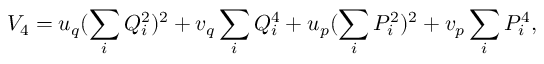
V _ { 4 } = u _ { q } ( \sum _ { i } Q _ { i } ^ { 2 } ) ^ { 2 } + v _ { q } \sum _ { i } Q _ { i } ^ { 4 } + u _ { p } ( \sum _ { i } P _ { i } ^ { 2 } ) ^ { 2 } + v _ { p } \sum _ { i } P _ { i } ^ { 4 } ,